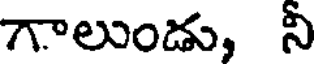
గాలుండు, నీ